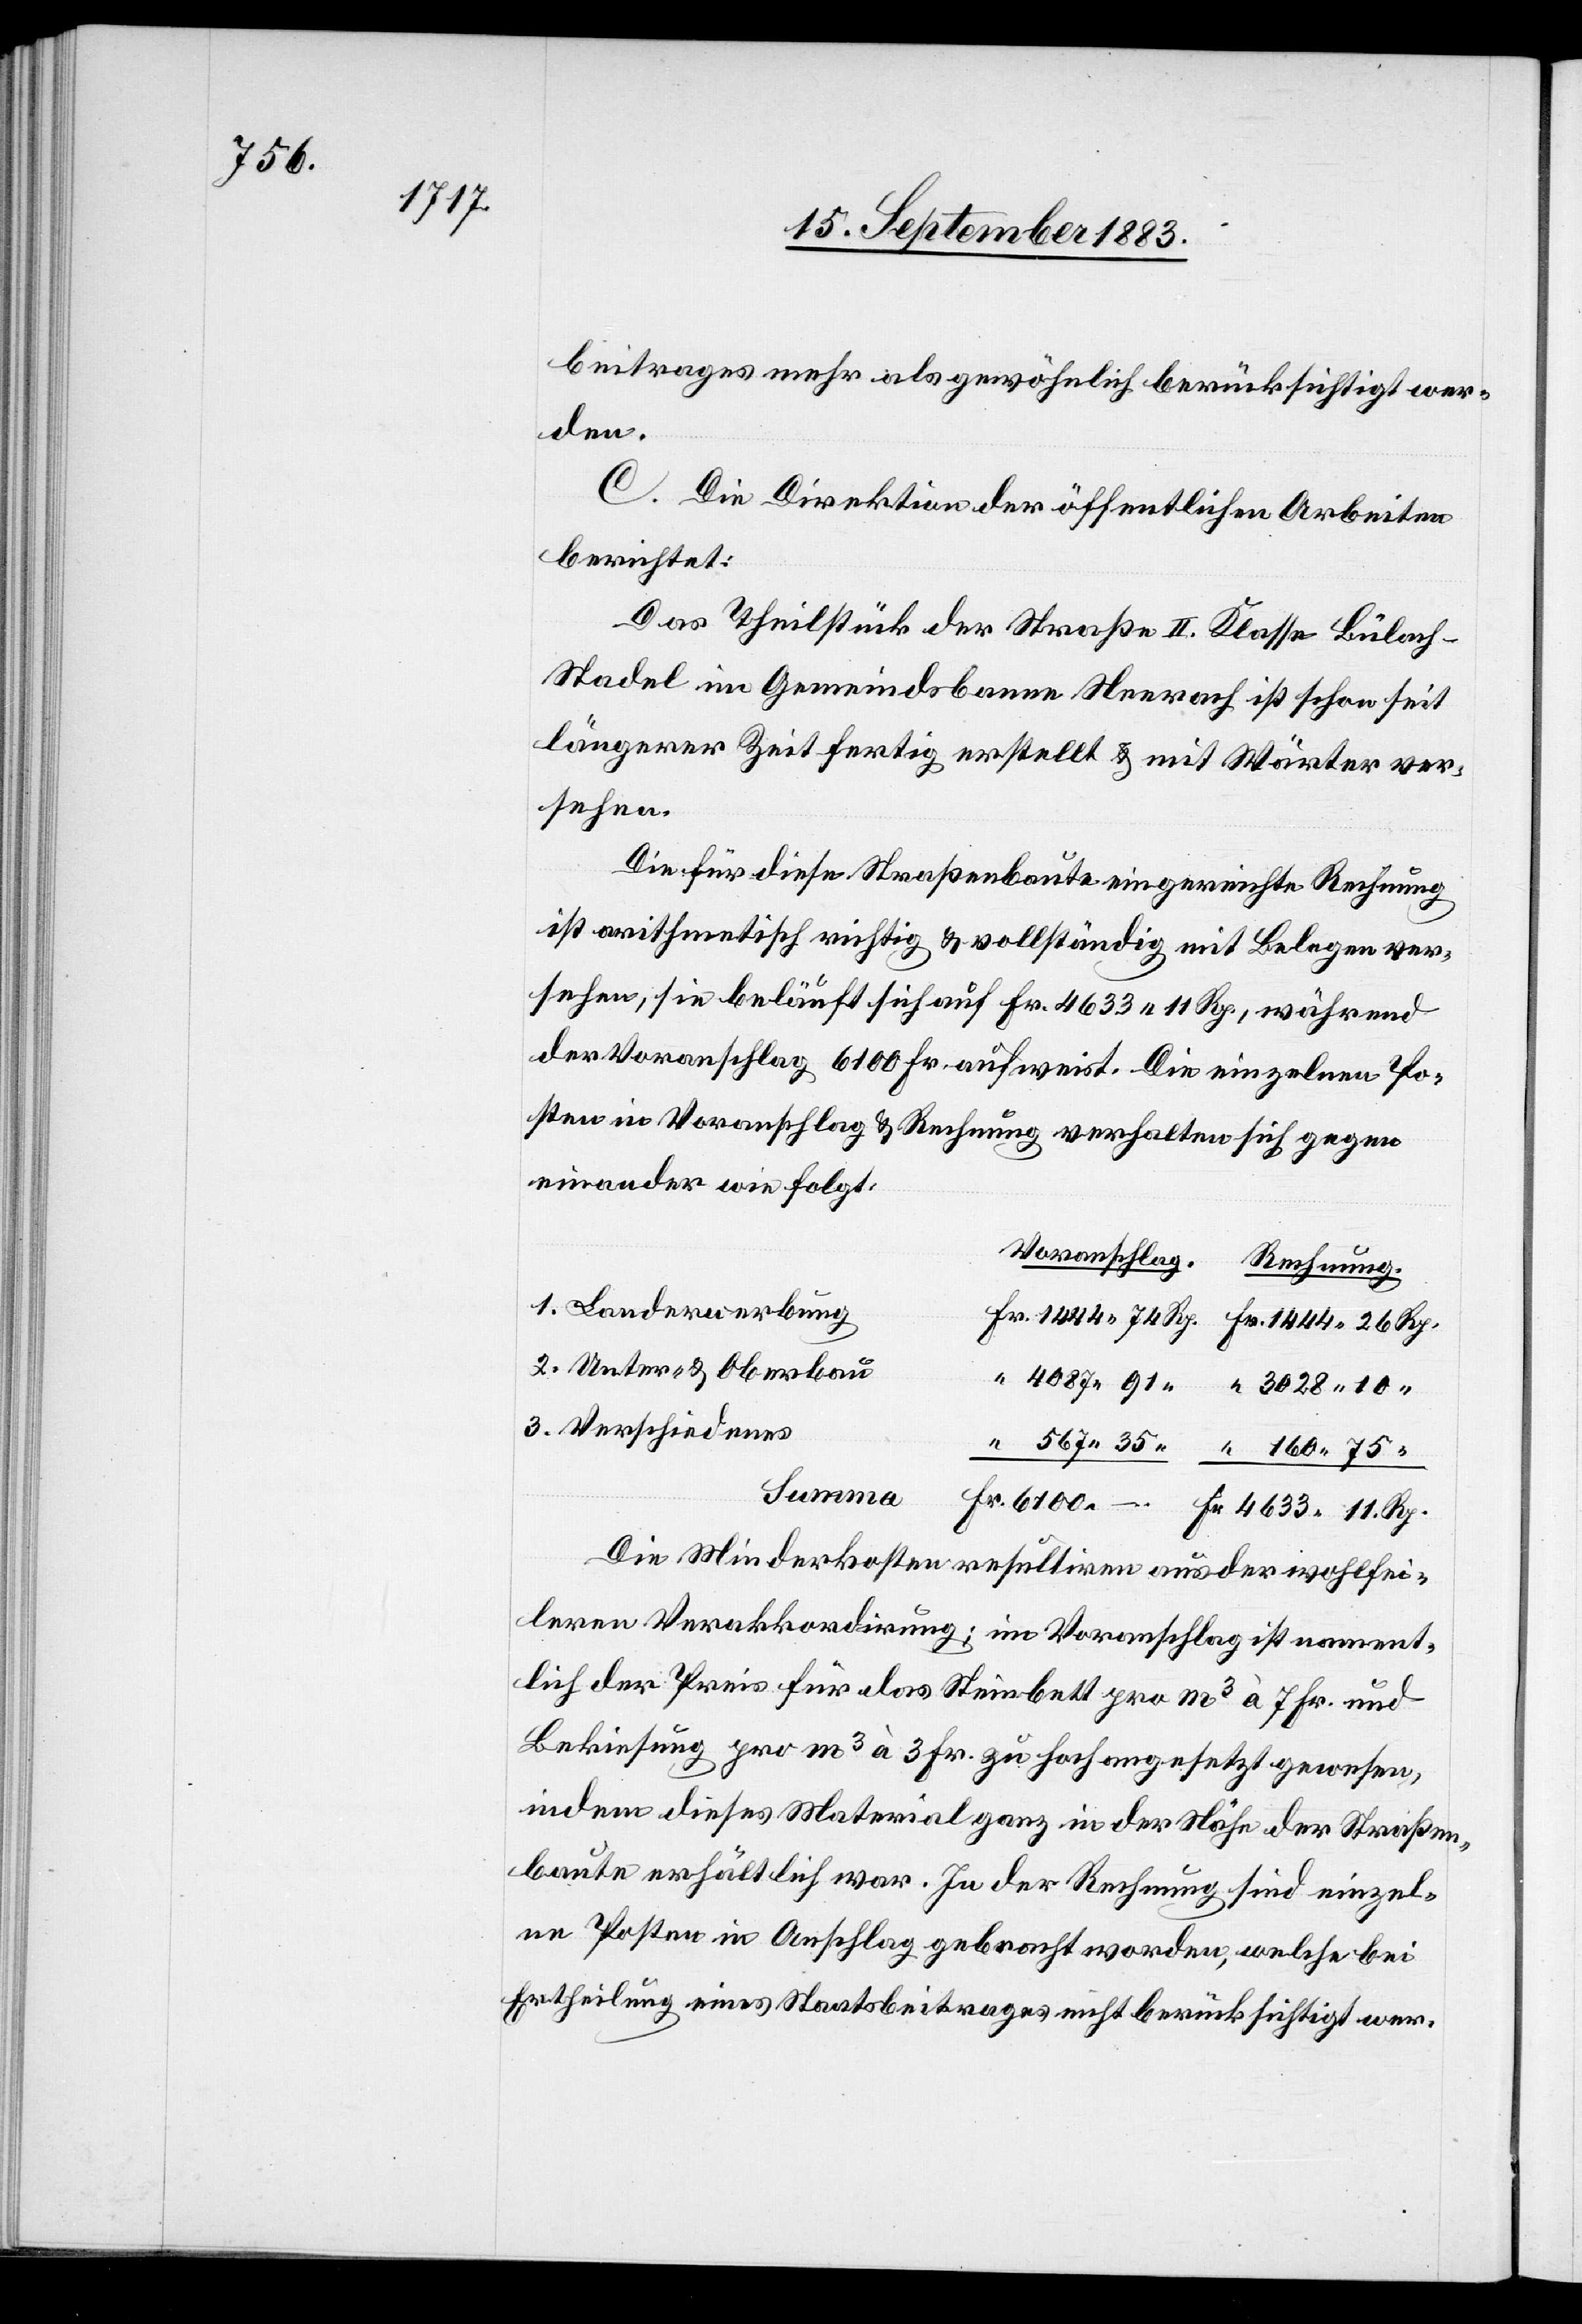
beitrages mehr als gewöhnlich berücksichtigt wer¬
den.
C. Die Direktion der öffentlichen Arbeiten
berichtet:
Das Theilstück der Straße II. Klasse Bülach–S¬
tadel im Gemeindsbanne Neerach ist schon seit
längerer Zeit fertig erstellt & mit Wärter ver¬
sehen.
Die für diese Straßenbaute eingereichte Rechnung
ist arithmetisch richtig & vollständig mit Belegen ver¬
sehen, sie beläuft sich auf Fr. 4633 11 Rp., während
der Voranschlag 6100 Fr. aufweist. Die einzelnen Po¬
sten in Voranschlag und Rechnung verhalten sich gegen
einander wie folgt:
1. Landerwerbung
2. Unter- & Oberbau
3. Verschiedenes
Summa
Die Minderkosten resultiren aus der wohlfei¬
leren Verakkordirung; im Voranschlag ist nament¬
lich der Preis für das Steinbett pro m3 à 7 Fr. und
Bekiesung pro m3 à 3 Fr. zu hoch angesetzt gewesen,
indem dieses Material ganz in der Nähe der Straßen¬
baute erhältlich war. In der Rechnung sind einzel¬
ne Posten in Anschlag gebracht worden, welche bei
Ertheilung eines Staatsbeitrages nicht berücksichtigt wer-